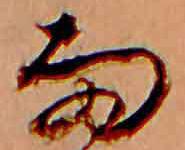
雨